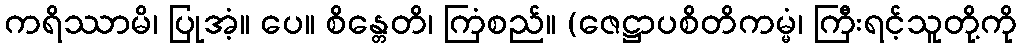
ကရိဿာမိ၊ ပြုအံ့။ ပေ။ စိန္တေတိ၊ ကြံစည်။ (ဇေဋ္ဌာပစိတိကမ္မံ၊ ကြီးရင့်သူတို့ကို